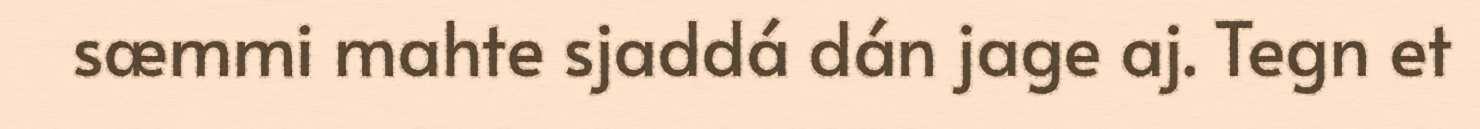
sæmmi mahte sjaddá dán jage aj. Tegn et